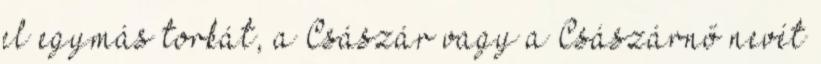
el egymás torkát, a Császár vagy a Császárnő nevét